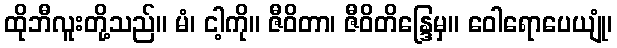
ထိုဘီလူးတို့သည်။ မံ၊ ငါ့ကို။ ဇီဝိတာ၊ ဇီဝိတိန္ဒြေမှ။ ဝေါရောပေယျုံ၊